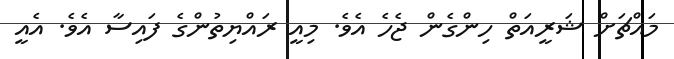
މައްޗަށް ޝަރީއަތް ހިންގެން ޖެހެ އެވެ. މިއީ ރަައްޔިތުންގެ ފައިސާ އެވެ. އެއީ